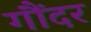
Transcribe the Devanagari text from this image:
गौंदर